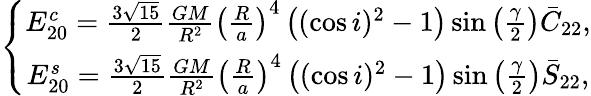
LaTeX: \left\{ \begin{array}{c}{E_{20}^{c}=\frac{3\sqrt{15}}{2}\frac{GM}{R^{2}}\left(\frac{R}{a}\right)^{4}\left((\cos i)^{2}-1\right)\sin\left(\frac{\gamma}{2}\right)\bar{C}_{22},}\\ {E_{20}^{s}=\frac{3\sqrt{15}}{2}\frac{GM}{R^{2}}\left(\frac{R}{a}\right)^{4}\left((\cos i)^{2}-1\right)\sin\left(\frac{\gamma}{2}\right)\bar{S}_{22},}\end{array}\right.